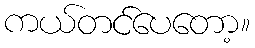
ကယ်တင်ပေတော့။